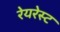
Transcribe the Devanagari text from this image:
रेयरेस्ट